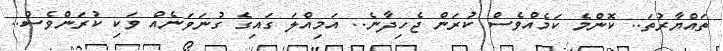
ތައްޔާރުތަ.. ކޮންމެ ކަމެއްވެސް ކުރަން ޖެހިދާނެ.. އަމިއްލަ ގައިގެ ގުނަވަނެއް ވަކި ކުރަންވެސް..